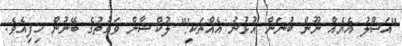
"އަސްލު އެޔެއް ނޫން ބުނަން އުޅުނު އެއްޗަކީ!" ލުކްޝާން ވަގުތުގެ ބޭނުން ހިފިއެވެ.